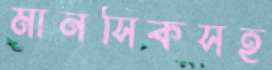
মানসিকসহ